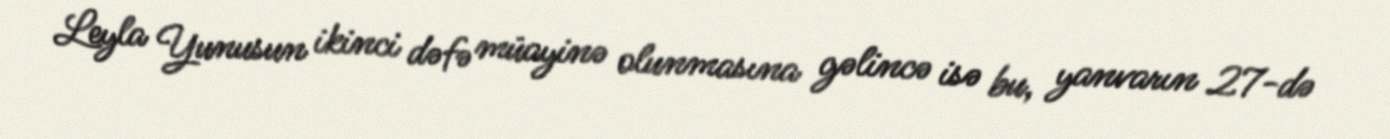
Leyla Yunusun ikinci dəfə müayinə olunmasına gəlincə isə bu, yanvarın 27-də